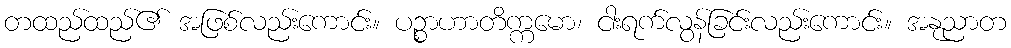
တထည်ထည်၏ အဖြစ်လည်းကောင်း။ ပဉ္စာဟာတိက္ကမော၊ ငါးရက်လွန်ခြင်းလည်းကောင်း။ အနုညာတ